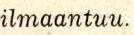
ilmaantuu.